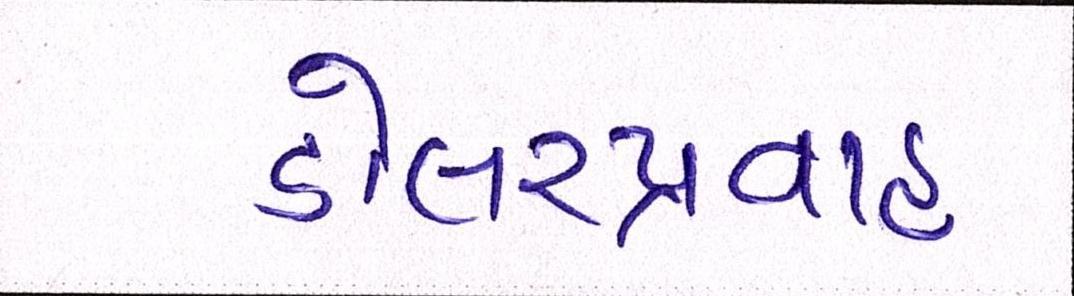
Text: ડોલરપ્રવાહ